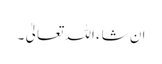
ان شاء اللہ تعالیٰ ۔